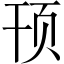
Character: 顸